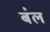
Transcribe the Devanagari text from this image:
ब॑ल